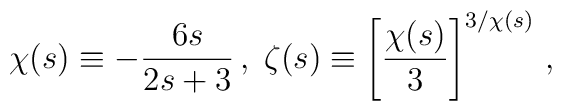
{\chi}(s) \equiv -\frac{6s}{2s + 3} \,,\; {\zeta}(s) \equiv \left[\frac{{\chi}(s)}{3} \right]^{3/{\chi}(s)} \,,